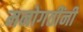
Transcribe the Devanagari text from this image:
मनोगतींनी